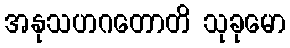
အနုသဟဂတောတိ သုခုမော